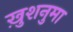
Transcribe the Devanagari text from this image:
ख़ुशनुमा